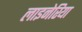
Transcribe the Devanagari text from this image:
लाइनेरिया